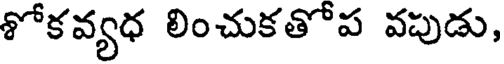
శోకవ్యధ లించుకతోప వపుడు,